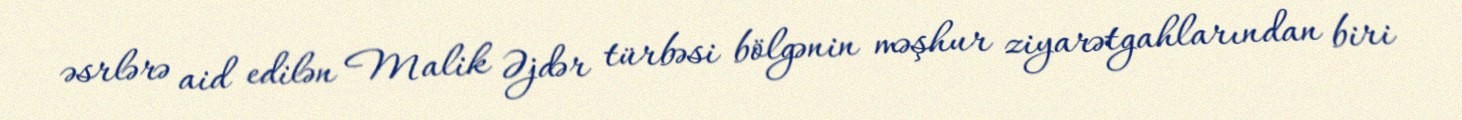
əsrlərə aid edilən Malik Əjdər türbəsi bölgənin məşhur ziyarətgahlarından biri